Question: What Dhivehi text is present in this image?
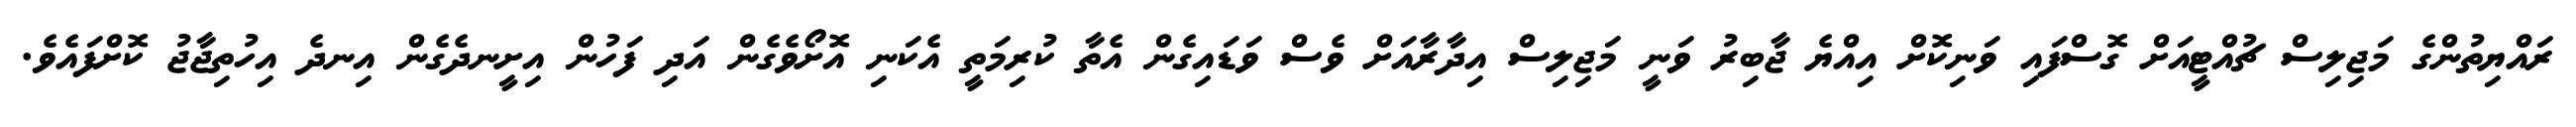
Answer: ރައްޔިތުންގެ މަޖިލިސް ޗުއްޓީއަށް ގޮސްފައި ވަނިކޮށް އިއްޔެ ޖާބިރު ވަނީ މަޖިލިސް އިދާރާއަށް ވެސް ވަޑައިގެން އެތާ ކުރިމަތީ އެކަނި އޮށޯވެގެން އަދި ފަހުން އިށީނދެގެން އިނދެ އިހުތިޖާޖު ކޮށްފައެވެ.